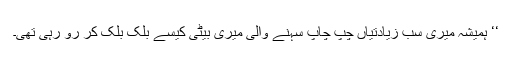
‘‘ ہمیشہ میری سب زیادتیاں چپ چاپ سہنے والی میری بیٹی کیسے بلک بلک کر رو رہی تھی۔